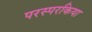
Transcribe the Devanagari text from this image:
परस्परकिया